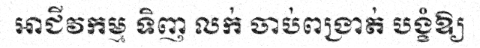
អាជីវកម្ម ទិញ លក់ ចាប់ពង្រាត់ បង្ខំឱ្យ